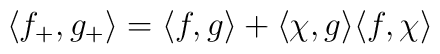
\langle f_+,g_+\rangle = \langle f,g\rangle +\langle\chi,g\rangle\langle f,\chi\rangle